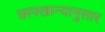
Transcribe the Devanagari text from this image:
छापखान्यानुसार